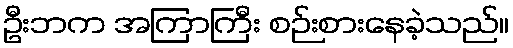
ဦးဘက အကြာကြီး စဉ်းစားနေခဲ့သည်။